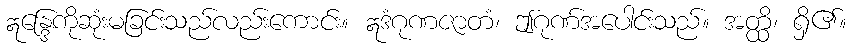
ဣန္ဒြေကိုဆုံးမခြင်းသည်လည်းကောင်း။ ဣဒံဂုဏဇာတံ၊ ဤဂုဏ်အပေါင်းသည်။ အတ္ထိ၊ ရှိ၏။